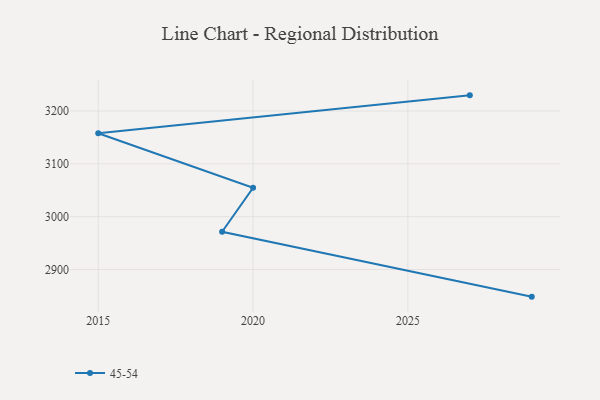
{"axis": {"x": "Year", "y": "Waste Production (Tons)"}, "legend": ["45-54"], "data": [{"x": "2029", "y": 2848.7, "type": "45-54"}, {"x": "2019", "y": 2971.5, "type": "45-54"}, {"x": "2020", "y": 3054.6, "type": "45-54"}, {"x": "2015", "y": 3157.8, "type": "45-54"}, {"x": "2027", "y": 3229.6, "type": "45-54"}]}